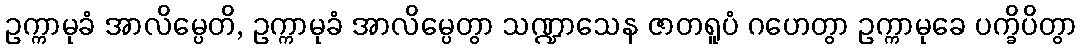
ဥက္ကာမုခံ အာလိမ္ပေတိ, ဥက္ကာမုခံ အာလိမ္ပေတွာ သဏ္ဍာသေန ဇာတရူပံ ဂဟေတွာ ဥက္ကာမုခေ ပက္ခိပိတွာ